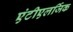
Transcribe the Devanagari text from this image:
एंटीएलर्जिक